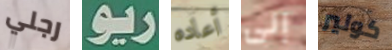
رجلي ريو أعاده إلى كولير